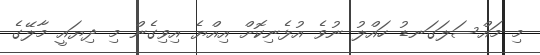
މި މައްސަލަގަނޑު ހައްލު ނުވެ އުޅެނިކޮށް އިއްޔެ އިވިގެން މި ދިޔައީ މާލޭގެ